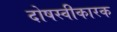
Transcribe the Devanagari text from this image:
दोषस्वीकारक